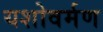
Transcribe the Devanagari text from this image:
यशोवर्मण